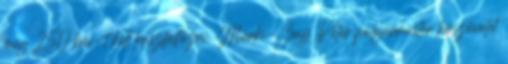
még 250 km-t kell leaszfaltozni. Márki-Zay Péter polgármester köszönetet